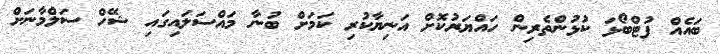
ބައެއް ފުޓްބޯޅަ ކުޅުންތެރިން ހައްޔަރުކޮށް އަނިޔާކުރި ކަމަށް ބުނާ މައްސަލައިގައި ޝޭހް ސަލްމާނަށް